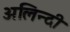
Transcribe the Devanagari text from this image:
अलिन्दी